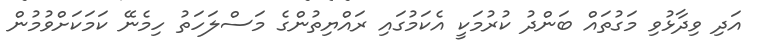
އަދި ވިދާޅުވި މަގުތައް ބަންދު ކުރުމަކީ އެކަމުގައި ރައްޔިތުންގެ މަސްލަހަތު ހިމެނޭ ކަމަކަށްވުމުން